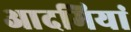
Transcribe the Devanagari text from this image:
आदमियां